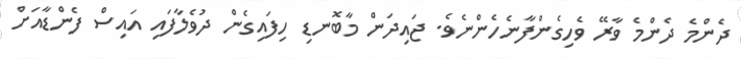
ދެންމެ ދެންމެ ވާރޭ ވެހިގެންފާނެހެންނެވެ. ޖައިދަން މާބޮނޑި ހިފައިގެން ދުވެލާފައި އައިސް ފެންޑާއަށް